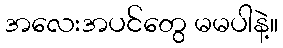
အလေးအပင်တွေ မမပါနဲ့။